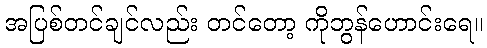
အပြစ်တင်ချင်လည်း တင်တော့ ကိုဘွန်ဟောင်းရေ။